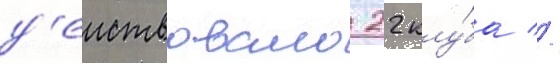
д'еиствовало 22 клу́ба //